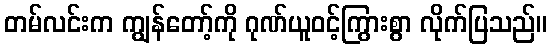
တမ်လင်းက ကျွန်တော့်ကို ဂုဏ်ယူဝင့်ကြွားစွာ လိုက်ပြသည်။